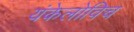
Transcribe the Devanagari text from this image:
यंकेलोविच